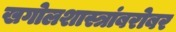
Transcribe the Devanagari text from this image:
खगोलशास्त्रांबरोबर